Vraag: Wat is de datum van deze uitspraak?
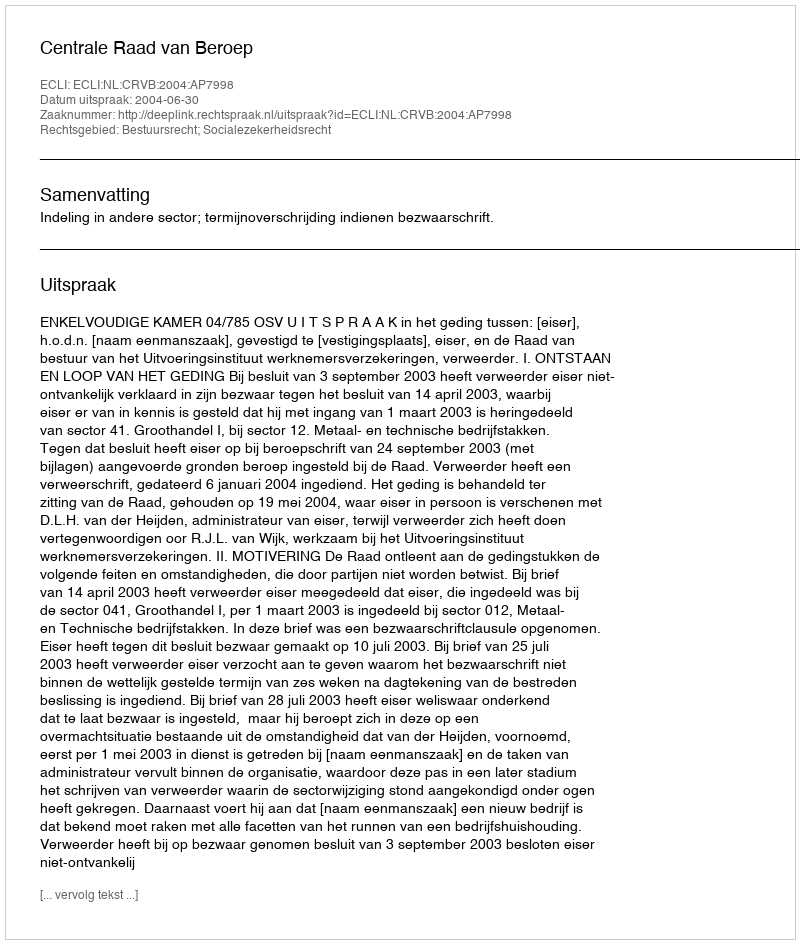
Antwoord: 2004-06-30